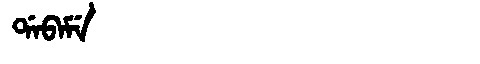
Manchu: ᡩᠠᠪᠠᠮᡝ
Romanization: DABAME